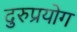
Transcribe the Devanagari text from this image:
दुरुप्रयोग